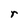
Character: r